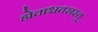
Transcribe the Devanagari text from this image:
ह्येताश्चतस्रस्तु